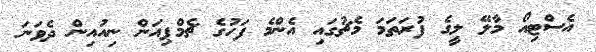
އެސްޓިއޯ މާލޭ ލީގެ ފުރަތަމަ މެޗުގައި އެންމެ ފަހުގެ ޗެމްޕިއަން ނިއުއިން ދެވަނަ